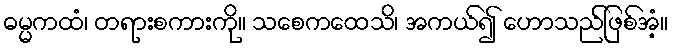
ဓမ္မကထံ၊ တရားစကားကို။ သစေကထေသိ၊ အကယ်၍ ဟောသည်ဖြစ်အံ့။